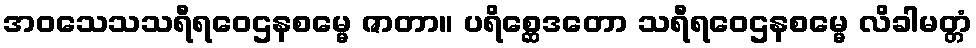
အဝသေသသရီရဝေဌနစမ္မေ ဇာတာ။ ပရိစ္ဆေဒတော သရီရဝေဌနစမ္မေ လိခါမတ္တံ